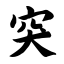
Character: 突